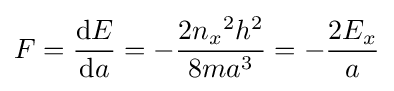
F={\frac {{\rm {d}}E}{{\rm {d}}a}}=-{\frac {2{n_{x}}^{2}{h^{2}}}{8m{a^{3}}}}=-{\frac {2{E_{x}}}{a}}